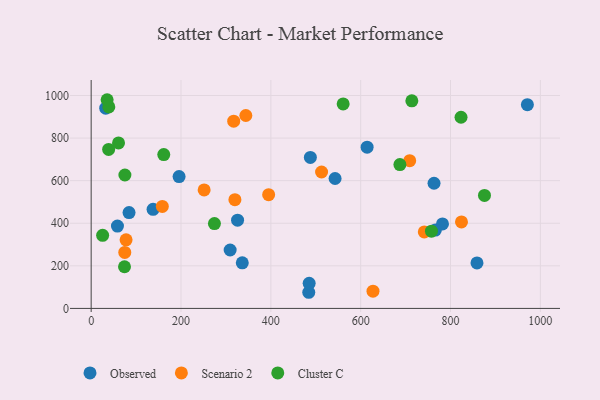
{"axis": {"x": "Price", "y": "Exam Score"}, "legend": ["Cluster C", "Observed", "Scenario 2"], "data": [{"x": "84.3", "y": 450.3, "type": "Observed"}, {"x": "488.0", "y": 708.9, "type": "Observed"}, {"x": "763.3", "y": 587.8, "type": "Observed"}, {"x": "32.4", "y": 940.5, "type": "Observed"}, {"x": "195.7", "y": 619.0, "type": "Observed"}, {"x": "309.4", "y": 274.4, "type": "Observed"}, {"x": "484.4", "y": 75.8, "type": "Observed"}, {"x": "485.3", "y": 117.7, "type": "Observed"}, {"x": "336.4", "y": 214.2, "type": "Observed"}, {"x": "58.5", "y": 386.7, "type": "Observed"}, {"x": "766.3", "y": 367.9, "type": "Observed"}, {"x": "614.3", "y": 757.4, "type": "Observed"}, {"x": "782.1", "y": 396.8, "type": "Observed"}, {"x": "971.1", "y": 957.0, "type": "Observed"}, {"x": "858.9", "y": 213.6, "type": "Observed"}, {"x": "543.0", "y": 610.2, "type": "Observed"}, {"x": "137.8", "y": 465.2, "type": "Observed"}, {"x": "325.9", "y": 414.6, "type": "Observed"}, {"x": "512.9", "y": 640.6, "type": "Scenario 2"}, {"x": "709.1", "y": 693.9, "type": "Scenario 2"}, {"x": "395.1", "y": 534.1, "type": "Scenario 2"}, {"x": "344.3", "y": 906.0, "type": "Scenario 2"}, {"x": "824.4", "y": 406.3, "type": "Scenario 2"}, {"x": "627.4", "y": 80.9, "type": "Scenario 2"}, {"x": "158.4", "y": 479.0, "type": "Scenario 2"}, {"x": "741.6", "y": 359.1, "type": "Scenario 2"}, {"x": "74.8", "y": 262.9, "type": "Scenario 2"}, {"x": "251.5", "y": 556.3, "type": "Scenario 2"}, {"x": "320.0", "y": 510.8, "type": "Scenario 2"}, {"x": "77.7", "y": 322.0, "type": "Scenario 2"}, {"x": "317.3", "y": 879.4, "type": "Scenario 2"}, {"x": "161.6", "y": 722.3, "type": "Cluster C"}, {"x": "39.3", "y": 946.5, "type": "Cluster C"}, {"x": "74.2", "y": 195.6, "type": "Cluster C"}, {"x": "60.9", "y": 777.3, "type": "Cluster C"}, {"x": "274.4", "y": 398.5, "type": "Cluster C"}, {"x": "687.3", "y": 675.4, "type": "Cluster C"}, {"x": "25.5", "y": 343.1, "type": "Cluster C"}, {"x": "75.1", "y": 626.5, "type": "Cluster C"}, {"x": "35.5", "y": 980.1, "type": "Cluster C"}, {"x": "713.9", "y": 975.0, "type": "Cluster C"}, {"x": "823.4", "y": 897.8, "type": "Cluster C"}, {"x": "757.6", "y": 362.9, "type": "Cluster C"}, {"x": "38.9", "y": 746.5, "type": "Cluster C"}, {"x": "561.0", "y": 960.3, "type": "Cluster C"}, {"x": "875.6", "y": 530.5, "type": "Cluster C"}]}